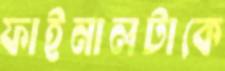
ফাইনালটাকে